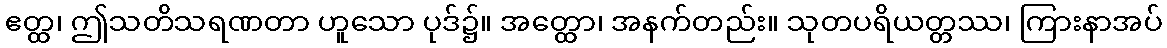
ဧတ္ထ၊ ဤသတိသရဏတာ ဟူသော ပုဒ်၌။ အတ္ထော၊ အနက်တည်း။ သုတပရိယတ္တဿ၊ ကြားနာအပ်